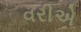
વરીએ